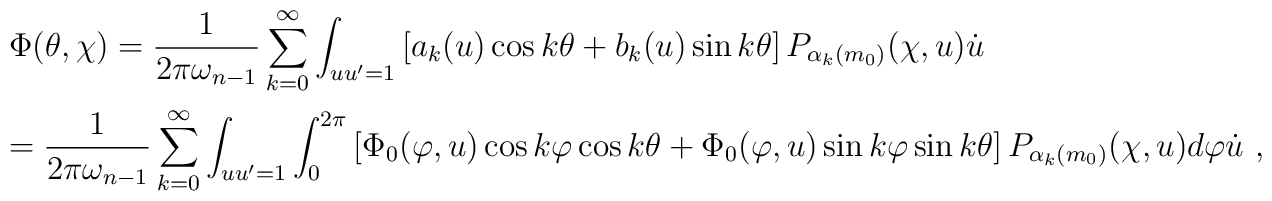
\begin{array}{l}\Phi(\theta,\chi)=\displaystyle\frac{1}{2\pi\omega_{n-1}}\sum_{k=0}^{\infty}\int_{uu'=1}\left[a_k(u)\cos k\theta+b_k(u) \sin k\theta\right]P_{\alpha_k(m_0)}(\chi,u)\dot{u}\\[0.5cm]=\displaystyle\frac{1}{2\pi\omega_{n-1}}\sum_{k=0}^{\infty}\int_{uu'=1}\int_{0}^{2\pi}\left[\Phi_0(\varphi,u)\cos k\varphi \cos k\theta+\Phi_0(\varphi,u)\sin k\varphi\sin k\theta\right]P_{\alpha_k(m_0)}(\chi,u)d\varphi \dot{u}~,\end{array}